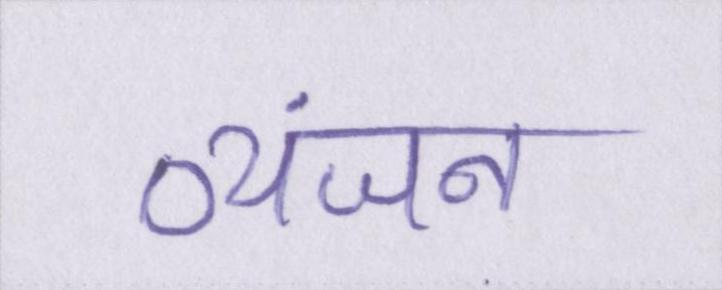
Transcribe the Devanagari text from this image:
व्यंजन